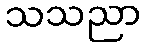
သသညာ